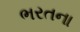
ભરતના